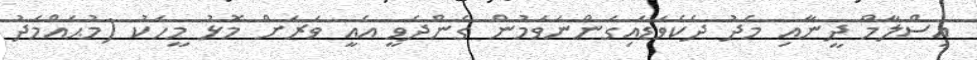
އިސްލާމް ދީނާއި މެދު ދެކެވަޑައިގަންނަވަމުން ގެންދެވީ އެއީ ވަރަށް މޮޅު މީހަކު (މުޙައްމަދު